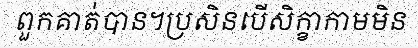
ពួកគាត់បាន។ប្រសិនបើសិក្ខាកាមមិន